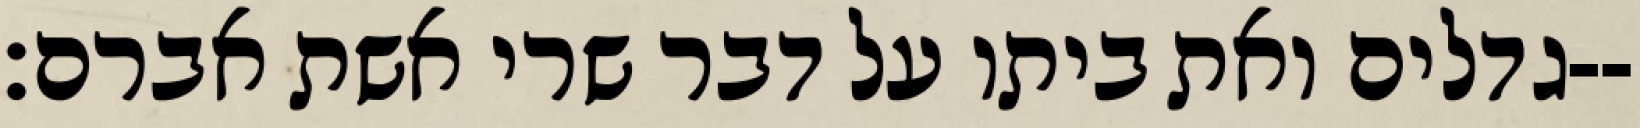
גדלים ואת ביתו על דבר שרי אשת אברם׃--